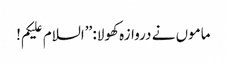
ماموں نے دروازہ کھولا: ’’السلام علیکم!